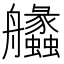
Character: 𦫈